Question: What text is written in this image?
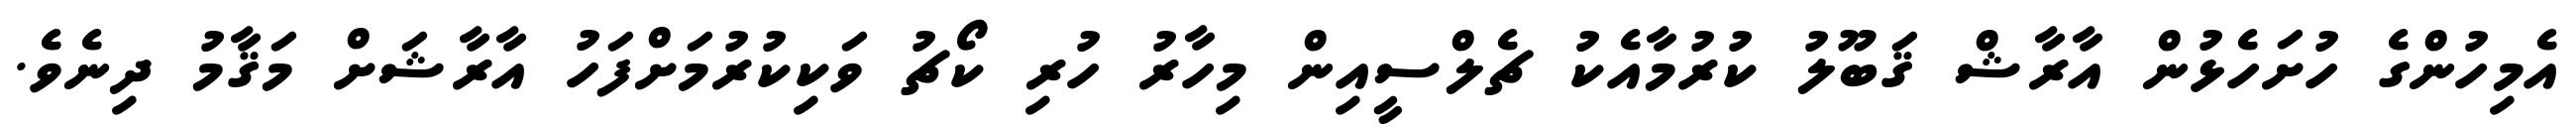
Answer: އެމިހުންގެ ހުށަހެޅުން އާރާޝް ޤަބޫލު ކުރުމާއެކު ޗެލްސީއިން މިހާރު ހުރި ކޯޗު ވަކިކުރުމަށްފަހު އާރާޝަށް މަޤާމު ދިނެވެ.